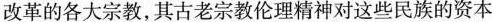
改革的各大宗教，其古老宗教伦理精神对这些民族的资本